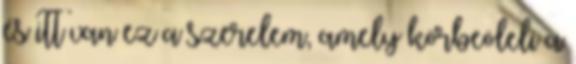
és itt van ez a szerelem, amely körbeöleli a